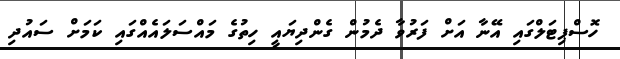
ހޮސްޕިޓަލްގައި އޭނާ އަށް ފަރުވާ ދެމުން ގެންދިޔައީ ހިތުގެ މައްސަލައެއްގައި ކަމަށް ސައުދި